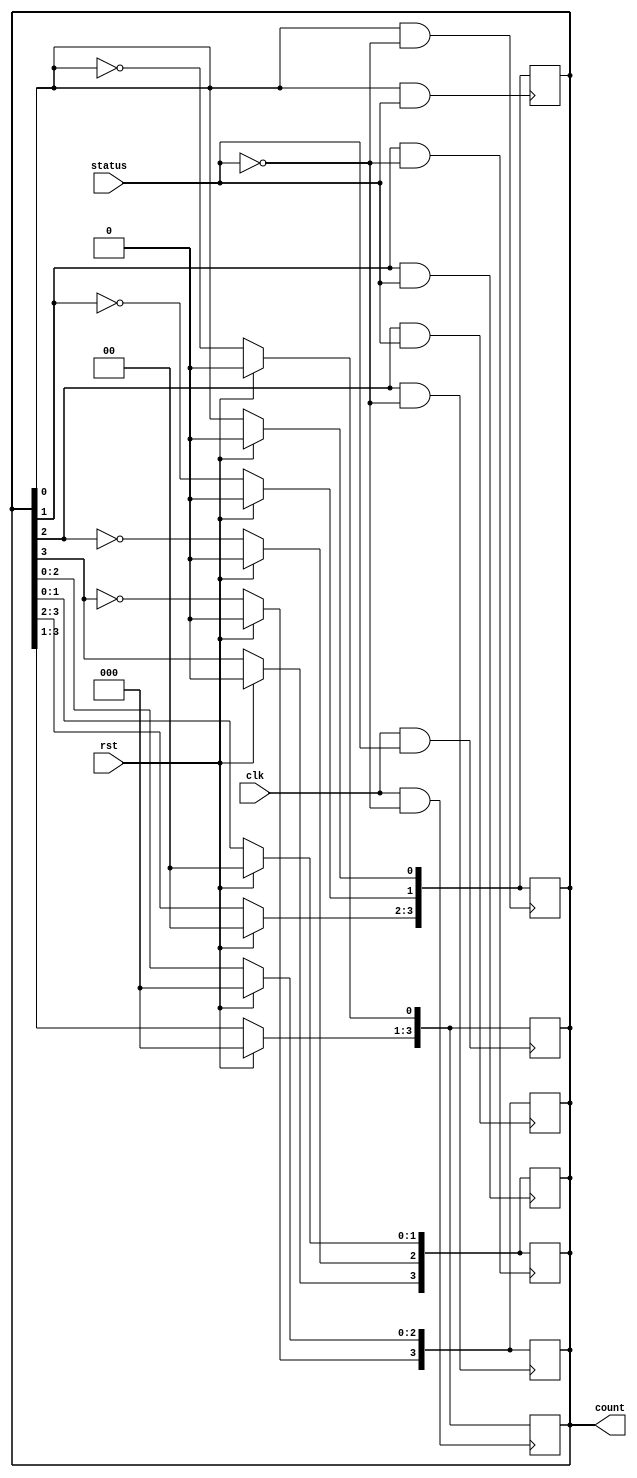
// design: describes the behaviour of system
// behavioural modelling
module asyncupdown(output reg [3:0] count, input clk, rst, status);
  initial count=0;
  always @ (posedge clk & status)
    begin 
      if(rst)
        count=0;
      else
        count[0]=~count[0];
    end
  
  always @ (posedge count[0] & status)
    begin 
      if(rst)
        count=0;
      else
        count[1]=~count[1];
    end
      
  always @ (posedge count[1] & status)
    begin
      if(rst)
        count=0;
      else
        count[2]=~count[2];
    end
      
  always @ (posedge count[2] & status)
    begin
      if(rst)
        count=0;
      else
        count[3]=~count[3];
    end
      
//upcount
      always @(posedge clk & ~status)
        begin
          if(rst)
            count=0;
          else
            count[0]=~count[0];
        end
      
      always @(negedge count[0] & ~status)
        begin
          if(rst)
            count=0;
          else
            count[1]=~count[1];
        end
      
      always @(negedge count[1] & ~status)
        begin
          if(rst)
            count=0;
          else
            count[2]=~count[2];
        end
      
      always @(negedge count[2] & ~status)
        begin
          if(rst)
            count=0;
          else
            count[3]=~count[3];
        end 
endmodule

// testbench: to check if the design codes are correct

module asyncupdown_tb();
  
  reg clk, rst, status;
  wire [3:0] count;
  
  asyncupdown m1(count, clk, rst, status);

 initial begin

	$dumpfile("dump.vcd");
    $dumpvars(1);

	clk=0; rst=1; status=0;
   #20 rst=0;
   #200 status=1;
   #300 $finish;

 end
  always #10 clk=~clk;
endmodule